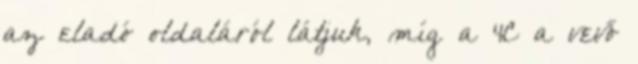
az eladó oldaláról látjuk, míg a 4C a vevő